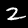
Label: 2